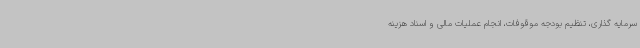
سرمایه گذاری، تنظیم بودجه موقوفات، انجام عملیات مالی و اسناد هزینه